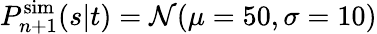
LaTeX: P_{n+1}^{\mathrm{sim}}(s|t)=\mathcal{N}(\mu=50,\sigma=10)